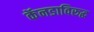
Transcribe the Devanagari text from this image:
कॅनडाविरुद्ध